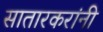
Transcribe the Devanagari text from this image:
सातारकरांनी